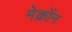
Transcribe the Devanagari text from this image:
मेक्रोंन